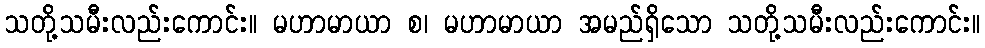
သတို့သမီးလည်းကောင်း။ မဟာမာယာ စ၊ မဟာမာယာ အမည်ရှိသော သတို့သမီးလည်းကောင်း။